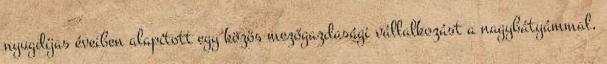
nyugdíjas éveiben alapított egy közös mezőgazdasági vállalkozást a nagybátyámmal,